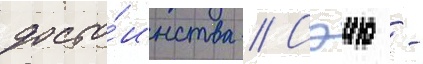
досто́инства // Сэию -